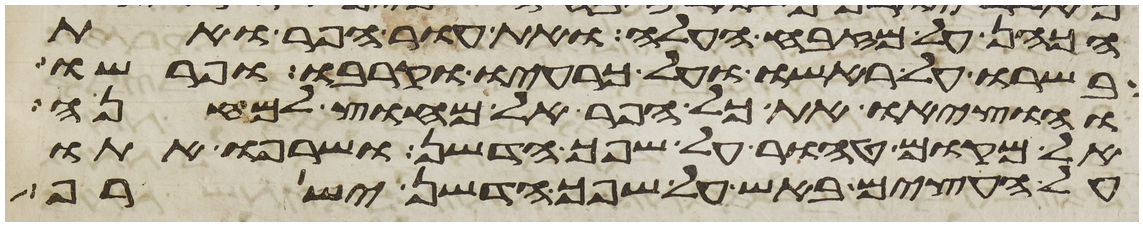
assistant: הכהן על מזבח העלה ואת עור הפר ואת
בשרו על ראשו ועל כרעיו וקרבו ופרשו
והוציאו את כל הפר אל מחוץ למחנה
אל מקום טהור על שפך הדשן ושרפו אתו
על העצים באש על שפך הדשן ישרף